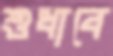
শুধাবে